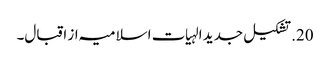
20. تشکیل جدید الہیات اسلامیہ از اقبال۔